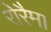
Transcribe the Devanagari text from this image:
रोरैमा